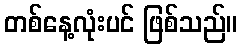
တစ်နေ့လုံးပင် ဖြစ်သည်။